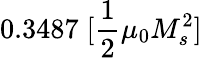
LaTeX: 0.3487\; [\frac{1}{2}\mu_{0}M_{s}^{2}]